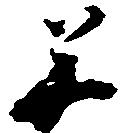
美